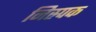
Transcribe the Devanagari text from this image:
निस्र्पक